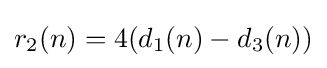
r_{2}(n)=4(d_{1}(n)-d_{3}(n))